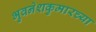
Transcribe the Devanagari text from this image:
भुवनेशकुमारच्या